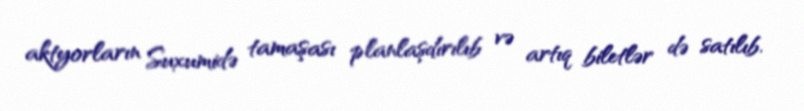
aktyorların Suxumidə tamaşası planlaşdırılıb və artıq biletlər də satılıb.